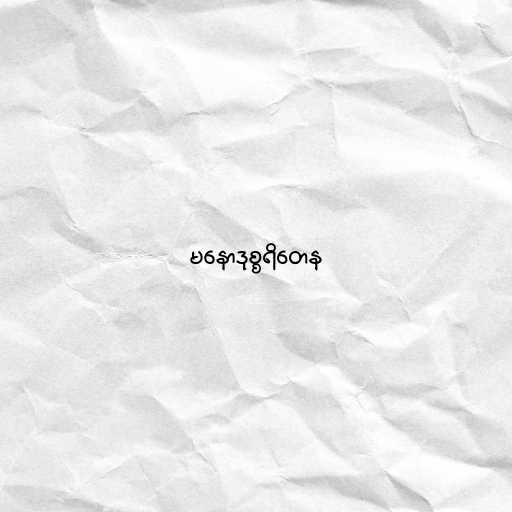
မနောဒုစ္စရိတေန